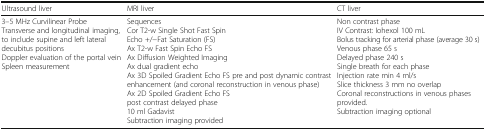
<table><thead><tr><td><b>Ultrasound liver</b></td><td><b>MRI liver</b></td><td><b>CT liver</b></td></tr></thead><tbody><tr><td>3–5 MHz Curvilinear ProbeTransverse and longitudinal imaging, to include supine and left lateral decubitus positionsDoppler evaluation of the portal veinSpleen measurement</td><td>SequencesCor T2-w Single Shot Fast Spin Echo +/−Fat Saturation (FS)Ax T2-w Fast Spin Echo FSAx Diffusion Weighted ImagingAx dual gradient echoAx 3D Spoiled Gradient Echo FS pre and post dynamic contrast enhancement (and coronal reconstruction in venous phase)Ax 2D Spoiled Gradient Echo FS post contrast delayed phase10 ml GadavistSubtraction imaging provided</td><td>Non contrast phaseIV Contrast: Iohexol 100 mLBolus tracking for arterial phase (average 30 s)Venous phase 65 sDelayed phase 240 sSingle breath for each phaseInjection rate min 4 ml/sSlice thickness 3 mm no overlapCoronal reconstructions in venous phases provided.Subtraction imaging optional</td></tr></tbody></table>